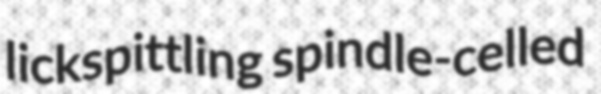
lickspittling spindle-celled